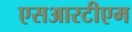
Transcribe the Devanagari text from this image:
एसआरटीएम